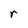
Character: r